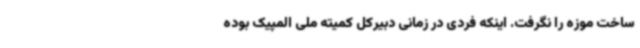
ساخت موزه را نگرفت. اینکه فردی در زمانی دبیرکل کمیته ملی المپیک بوده